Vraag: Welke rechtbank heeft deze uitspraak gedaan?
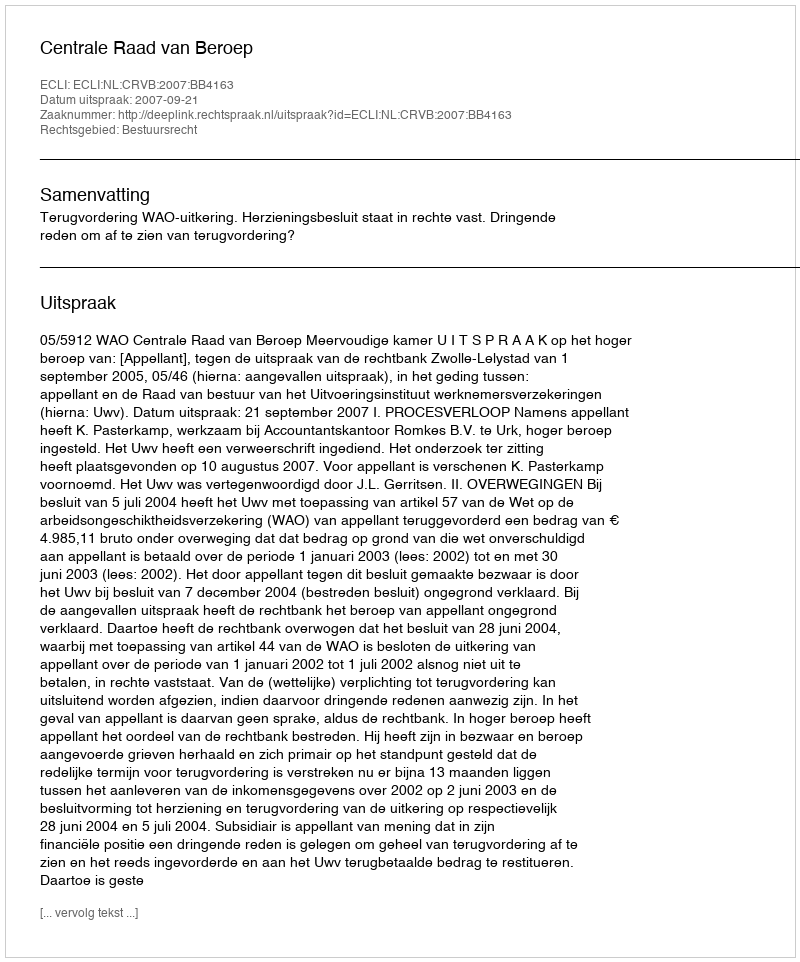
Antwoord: Centrale Raad van Beroep